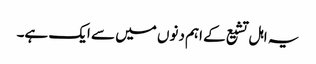
یہ اہل تشیع کے اہم دنوں میں سے ایک ہے۔